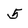
Character: 5